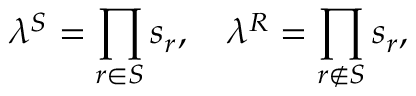
\lambda ^ { S } = \prod _ { r \in S } s _ { r } , \quad \lambda ^ { R } = \prod _ { r \notin S } s _ { r } ,